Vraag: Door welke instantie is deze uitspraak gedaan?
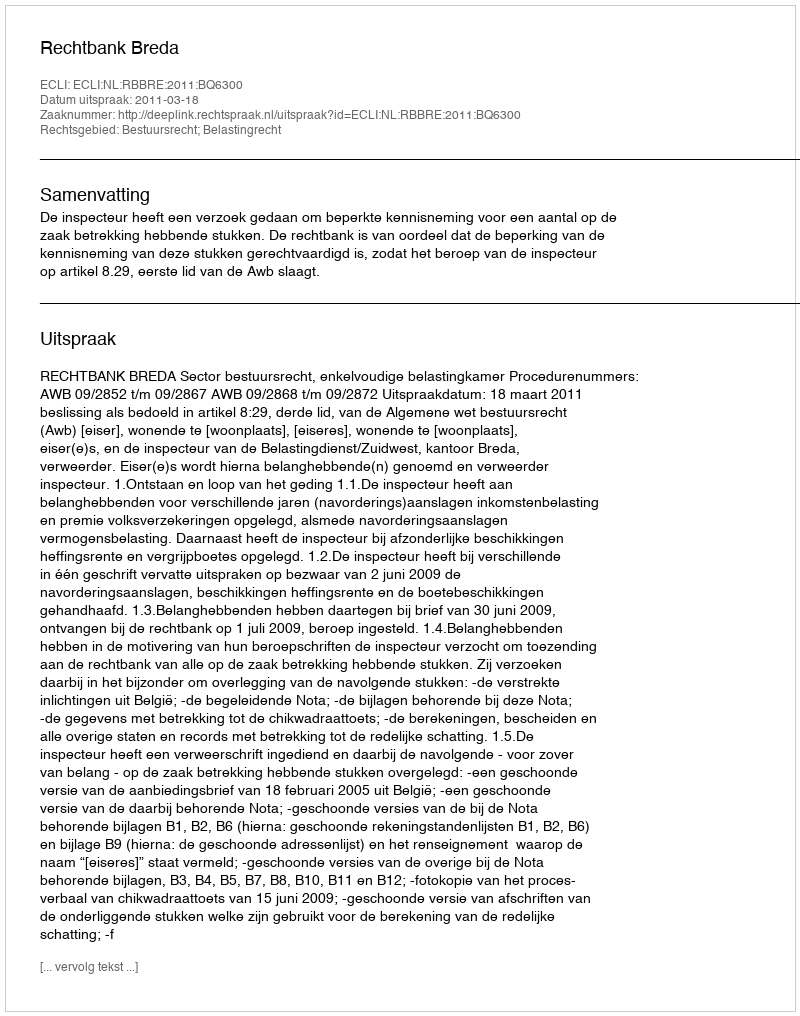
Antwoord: Rechtbank Breda